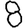
Digit: 8